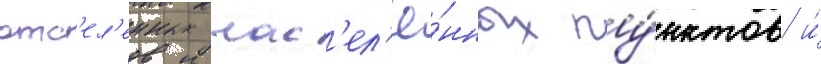
отс'ел'енных нас'ел'ё́нных пу́нктов и́